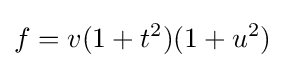
f=v(1+t^{2})(1+u^{2})